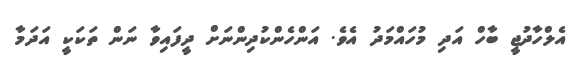
އެލްހާދުޖީ ބާހް އަދި މުހައްމަދު އެވެ. އަންހެންކުދިންނަށް ދީފައިވާ ނަން ތަކަކީ އަދަމާ